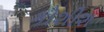
કોશીશ